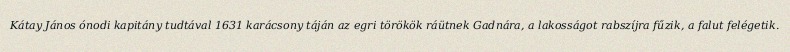
Kátay János ónodi kapitány tudtával 1631 karácsony táján az egri törökök ráütnek Gadnára, a lakosságot rabszíjra fűzik, a falut felégetik.